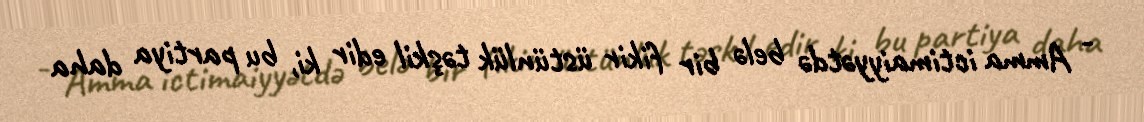
- Amma ictimaiyyətdə belə bir fikir üstünlük təşkil edir ki, bu partiya daha